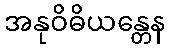
အနုဝိဓိယန္တေန